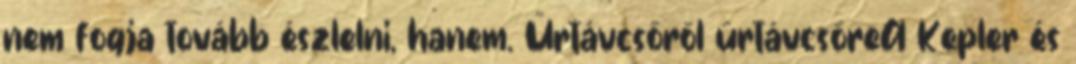
nem fogja tovább észlelni, hanem. Űrtávcsőről űrtávcsőreA Kepler és